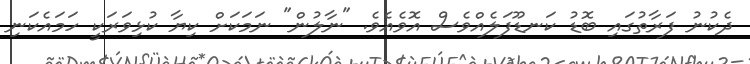
ދެކުނު ފަރާތުގައި ބޮޑު ކަނޑޫފަލެއްވެސް އޮވެއެވެ. "ނާލުން" ނަމަކަށް ކިޔާ ކުޅިވަރަކީ ހަމައެކަނި